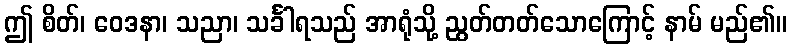
ဤ စိတ်၊ ဝေဒနာ၊ သညာ၊ သင်္ခါရသည် အာရုံသို့ ညွတ်တတ်သောကြောင့် နာမ် မည်၏။